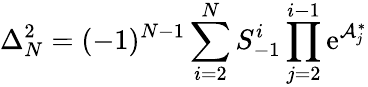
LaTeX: \Delta_{N}^{2}=(-1)^{N-1}\sum_{i=2}^{N}S_{-1}^{i}\prod_{j=2}^{i-1}\mathrm{e}^{\mathcal{{A}}_{j}^{\ast}}